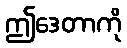
ဤဒေတာကို